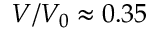
V / V _ { 0 } \approx 0 . 3 5